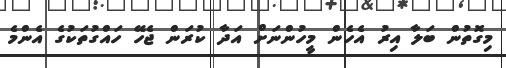
މިގޮތުން ބަލާ އިރު އެހެން މީހުންނަށް އަދާ ކުރަން ޖެހޭ ހައްގުތަކުގެ އެންމެ